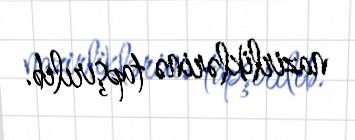
nazirliklərinə tapşırılıb.